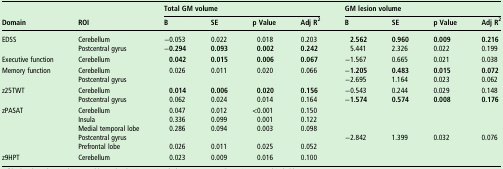
| <ROWSPAN=2> Domain | <ROWSPAN=2> ROI | <COLSPAN=4> Total GM volume | <COLSPAN=4> GM lesion volume |
 | B | SE | p Value | Adj R2 | B | SE | p Value | Adj R2 |
 | --- | --- | --- | --- | --- | --- | --- | --- | --- | --- |
 | <ROWSPAN=2> EDSS | Cerebellum | −0.053 | 0.022 | 0.018 | 0.203 | 2.562 | 0.960 | 0.009 | 0.216 |
 | Postcentral gyrus | −0.294 | 0.093 | 0.002 | 0.242 | 5.441 | 2.326 | 0.022 | 0.199 |
 | Executive function | Cerebellum | 0.042 | 0.015 | 0.006 | 0.067 | −1.567 | 0.665 | 0.021 | 0.038 |
 | <ROWSPAN=2> Memory function | Cerebellum | 0.026 | 0.011 | 0.020 | 0.066 | −1.205 | 0.483 | 0.015 | 0.072 |
 | Postcentral gyrus |  |  |  |  | −2.695 | 1.164 | 0.023 | 0.062 |
 | <ROWSPAN=2> z25TWT | Cerebellum | 0.014 | 0.006 | 0.020 | 0.156 | −0.543 | 0.244 | 0.029 | 0.148 |
 | Postcentral gyrus | 0.062 | 0.024 | 0.014 | 0.164 | −1.574 | 0.574 | 0.008 | 0.176 |
 | <ROWSPAN=5> zPASAT | Cerebellum | 0.047 | 0.012 | <0.001 | 0.150 |  |  |  |  |
 | Insula | 0.336 | 0.099 | 0.001 | 0.122 |  |  |  |  |
 | Medial temporal lobe | 0.286 | 0.094 | 0.003 | 0.098 |  |  |  |  |
 | Postcentral gyrus |  |  |  |  | −2.842 | 1.399 | 0.032 | 0.076 |
 | Prefrontal lobe | 0.026 | 0.011 | 0.025 | 0.052 |  |  |  |  |
 | z9HPT | Cerebellum | 0.023 | 0.009 | 0.016 | 0.100 |  |  |  |  |